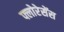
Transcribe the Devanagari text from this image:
फ्लोरेसेंस